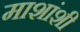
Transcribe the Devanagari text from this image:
माशांशी